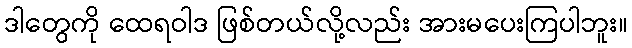
ဒါတွေကို ထေရဝါဒ ဖြစ်တယ်လို့လည်း အားမပေးကြပါဘူး။